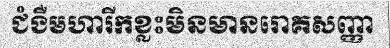
ជំងឺមហារីកខ្លះមិនមានរោគសញ្ញា